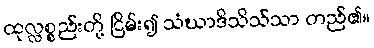
ထုလ္လစ္စည်းတို့ ငြိမ်း၍ သံဃာဒိသိသ်သာ တည်၏။